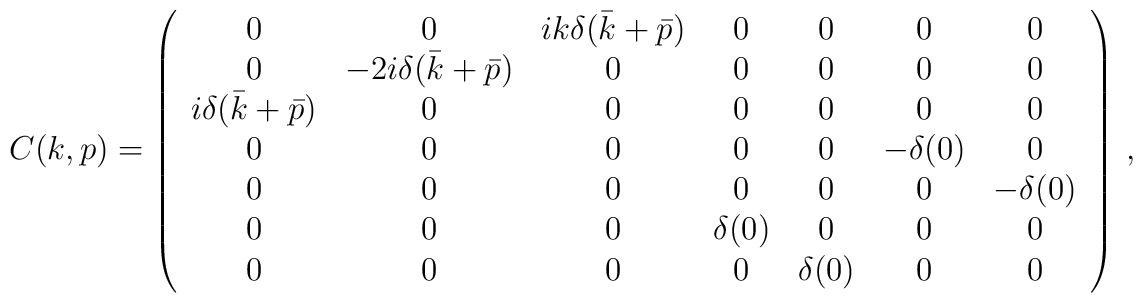
C(k,p)=\left(\begin{array}{ccccccc}0&0&ik\delta(\bar k+\bar p)&0&0&0&0\\0&-2i\delta(\bar k+\bar p)&0&0&0&0&0\\i\delta(\bar k+\bar p)&0&0&0&0&0&0\\0&0&0&0&0&-\delta(0)&0\\0&0&0&0&0&0&-\delta(0)\\0&0&0&\delta(0)&0&0&0\\0&0&0&0&\delta(0)&0&0\\\end{array}\right)\,,